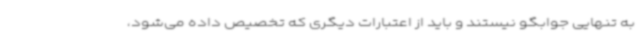
به تنهایی جوابگو نیستند و باید از اعتبارات دیگری که تخصیص داده می‌شود،